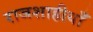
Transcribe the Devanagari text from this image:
राजशाहीयाँ